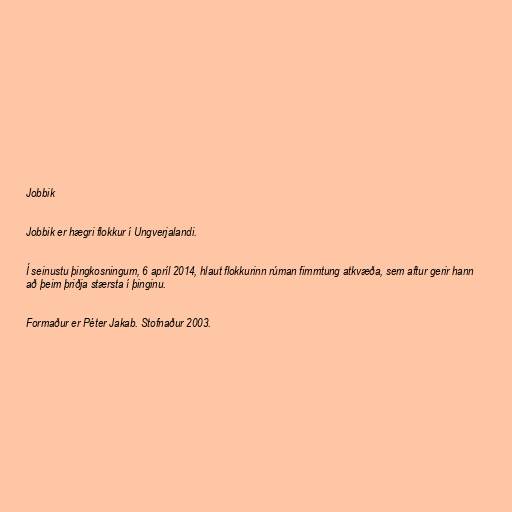
Jobbik

Jobbik er hægri flokkur í Ungverjalandi.

Í seinustu þingkosningum, 6 apríl 2014, hlaut flokkurinn rúman fimmtung atkvæða, sem aftur gerir hann
að þeim þriðja stærsta í þinginu.

Formaður er Péter Jakab. Stofnaður 2003.